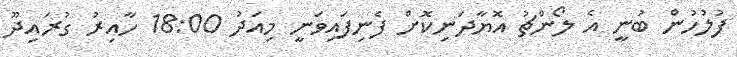
ފުލުހުން ބުނީ އެ ލޯންޗު އޮޔާދަނިކޮށް ފެނިފައިވަނީ މިއަދު 18:00 ހާއިރު ގުރައިދޫ